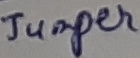
Text: Jumper